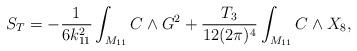
LaTeX: \begin{align*}S_{T}=-{{1}\over{6k_{11}^2}}\int_{M_{11}}C\wedge G^{2}+{{T_3}\over{12(2\pi)^{4}}}\int_{M_{11}}C\wedge X_8,\end{align*}